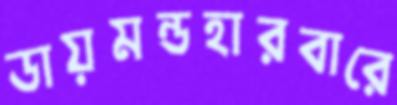
ডায়মন্ডহারবারে